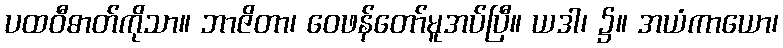
ပထဝီဓာတ်ကိုသာ။ ဘာဇိတာ၊ ဝေဖန်တော်မူအပ်ပြီ။ ယဒါ၊ ၌။ အယံကာယော၊